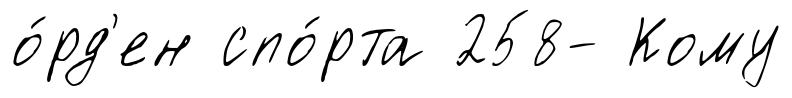
о́рд'ен спо́рта 258- Кому